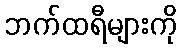
ဘက်ထရီများကို